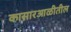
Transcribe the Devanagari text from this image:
कासारआळीतील